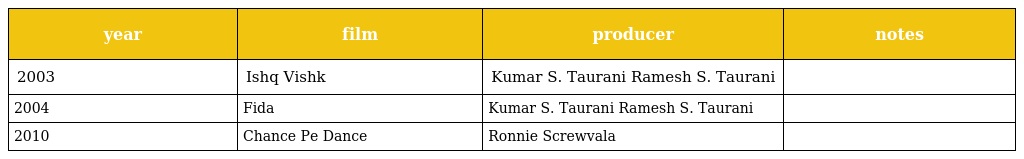
| year | film | producer | notes |
 | --- | --- | --- | --- |
 | 2003 | Ishq Vishk | Kumar S. Taurani Ramesh S. Taurani |  |
 | 2004 | Fida | Kumar S. Taurani Ramesh S. Taurani |  |
 | 2010 | Chance Pe Dance | Ronnie Screwvala |  |